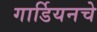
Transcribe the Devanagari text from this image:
गार्डियनचे